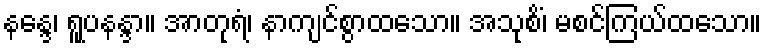
နန္ဒေ၊ ရူပနန္ဒာ။ အာတုရံ၊ နာကျင်စွာထသော။ အသုစိံ၊ မစင်ကြယ်ထသော။